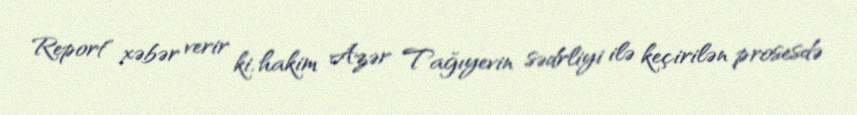
Report" xəbər verir ki, hakim Azər Tağıyevin sədrliyi ilə keçirilən prosesdə